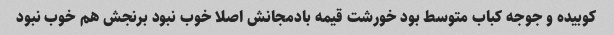
کوبیده و جوجه کباب متوسط بود خورشت قیمه بادمجانش اصلا خوب نبود برنجش هم خوب نبود